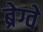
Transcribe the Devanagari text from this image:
ब्रेग्वे